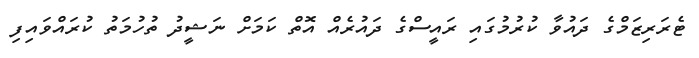
ޓެރަރިޒަމްގެ ދައުވާ ކުރުމުގައި ރައީސްގެ ދައުރެއް އޮތް ކަމަށް ނަޝީދު ތުހުމަތު ކުރައްވައިފި